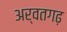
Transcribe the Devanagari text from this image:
अर्वतगढ़